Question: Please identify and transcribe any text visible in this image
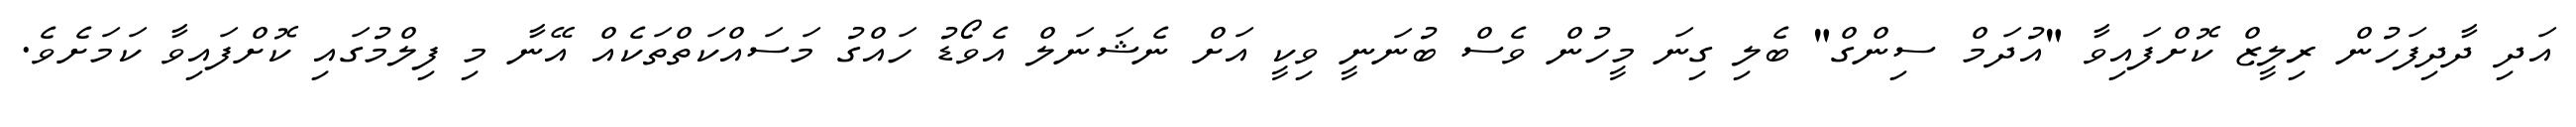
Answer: އަދި ދާދިފަހުން ރިލީޒް ކޮށްފައިވާ "އުދަމް ސިންގް" ބެލި ގިނަ މީހުން ވެސް ބުނަނީ ވިކީ އަށް ނެޝަނަލް އެވޯޑު ހައްގު މަސައްކަތްތަކެއް އޭނާ މި ފިލްމުގައި ކޮށްފައިވާ ކަމަށެވެ.